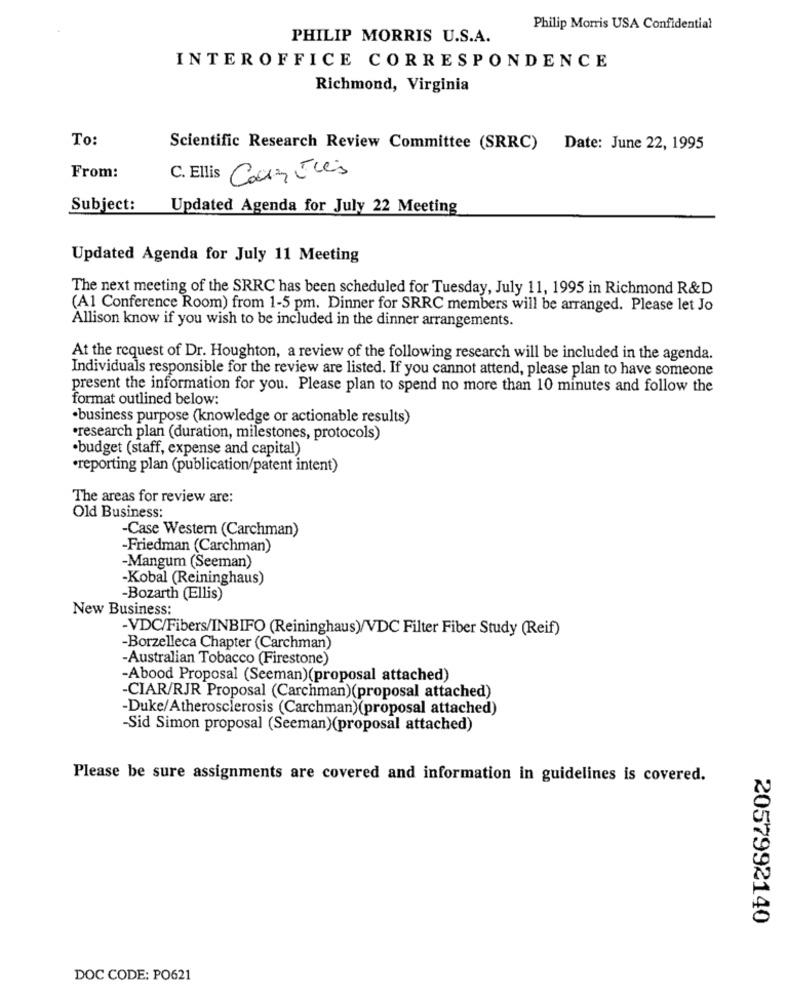
Philip Morris USA Confidential
PHILIP MORRIS U.S.A.
INTEROFFICE CORRESPONDENCE
Richmond, Virginia
To:
Scientific Research Review Committee (SRRC) Date: June 22, 1995
From:
C. Ellis Counties
Subject:
Updated Agenda for July 22 Meeting
Updated Agenda for July 11 Meeting
The next meeting of the SRRC has been scheduled for Tuesday, July 11, 1995 in Richmond R&D
(A1 Conference Room) from 1-5 pm. Dinner for SRRC members will be arranged. Please let Jo
Allison know if you wish to be included in the dinner arrangements.
At the request of Dr. Houghton, a review of the following research will be included in the agenda.
Individuals responsible for the review are listed. If you cannot attend, please plan to have someone
present the information for you. Please plan to spend no more than 10 minutes and follow the
format outlined below:
·business purpose (knowledge or actionable results)
·research plan (duration, milestones, protocols)
·budget (staff, expense and capital)
·reporting plan (publication/patent intent)
The areas for review are:
Old Business:
-Case Western (Carchman)
-Friedman (Carchman)
-Mangum (Seeman)
-Kobal (Reininghaus)
-Bozarth (Ellis)
New Business:
-VDC/Fibers/INBIFO (Reininghaus)/VDC Filter Fiber Study (Reif)
-Borzelleca Chapter (Carchman)
-Australian Tobacco (Firestone)
-Abood Proposal (Seeman)(proposal attached)
-CIAR/RJR Proposal (Carchman)(proposal attached)
-Duke/Atherosclerosis (Carchman)(proposal attached)
-Sid Simon proposal (Seeman)(proposal attached)
Please be sure assignments are covered and information in guidelines is covered.
2057992140
DOC CODE: PO621